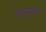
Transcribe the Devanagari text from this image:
नदयांना